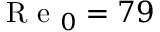
\mathrm { ~ R ~ e ~ } _ { 0 } = 7 9